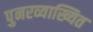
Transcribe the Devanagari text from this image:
पुनरव्याख्यित